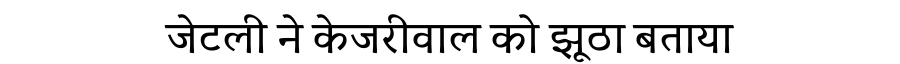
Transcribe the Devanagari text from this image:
जेटली ने केजरीवाल को झूठा बताया